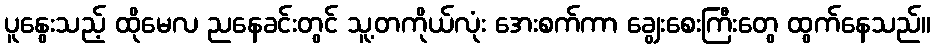
ပူနွေးသည့် ထိုမေလ ညနေခင်းတွင် သူ့တကိုယ်လုံး အေးစက်ကာ ချွေးစေးကြီးတွေ ထွက်နေသည်။